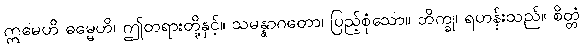
ဣမေဟိ ဓမ္မေဟိ၊ ဤတရားတို့နှင့်။ သမန္နာဂတော၊ ပြည့်စုံသော။ ဘိက္ခု၊ ရဟန်းသည်။ စိတ္တံ